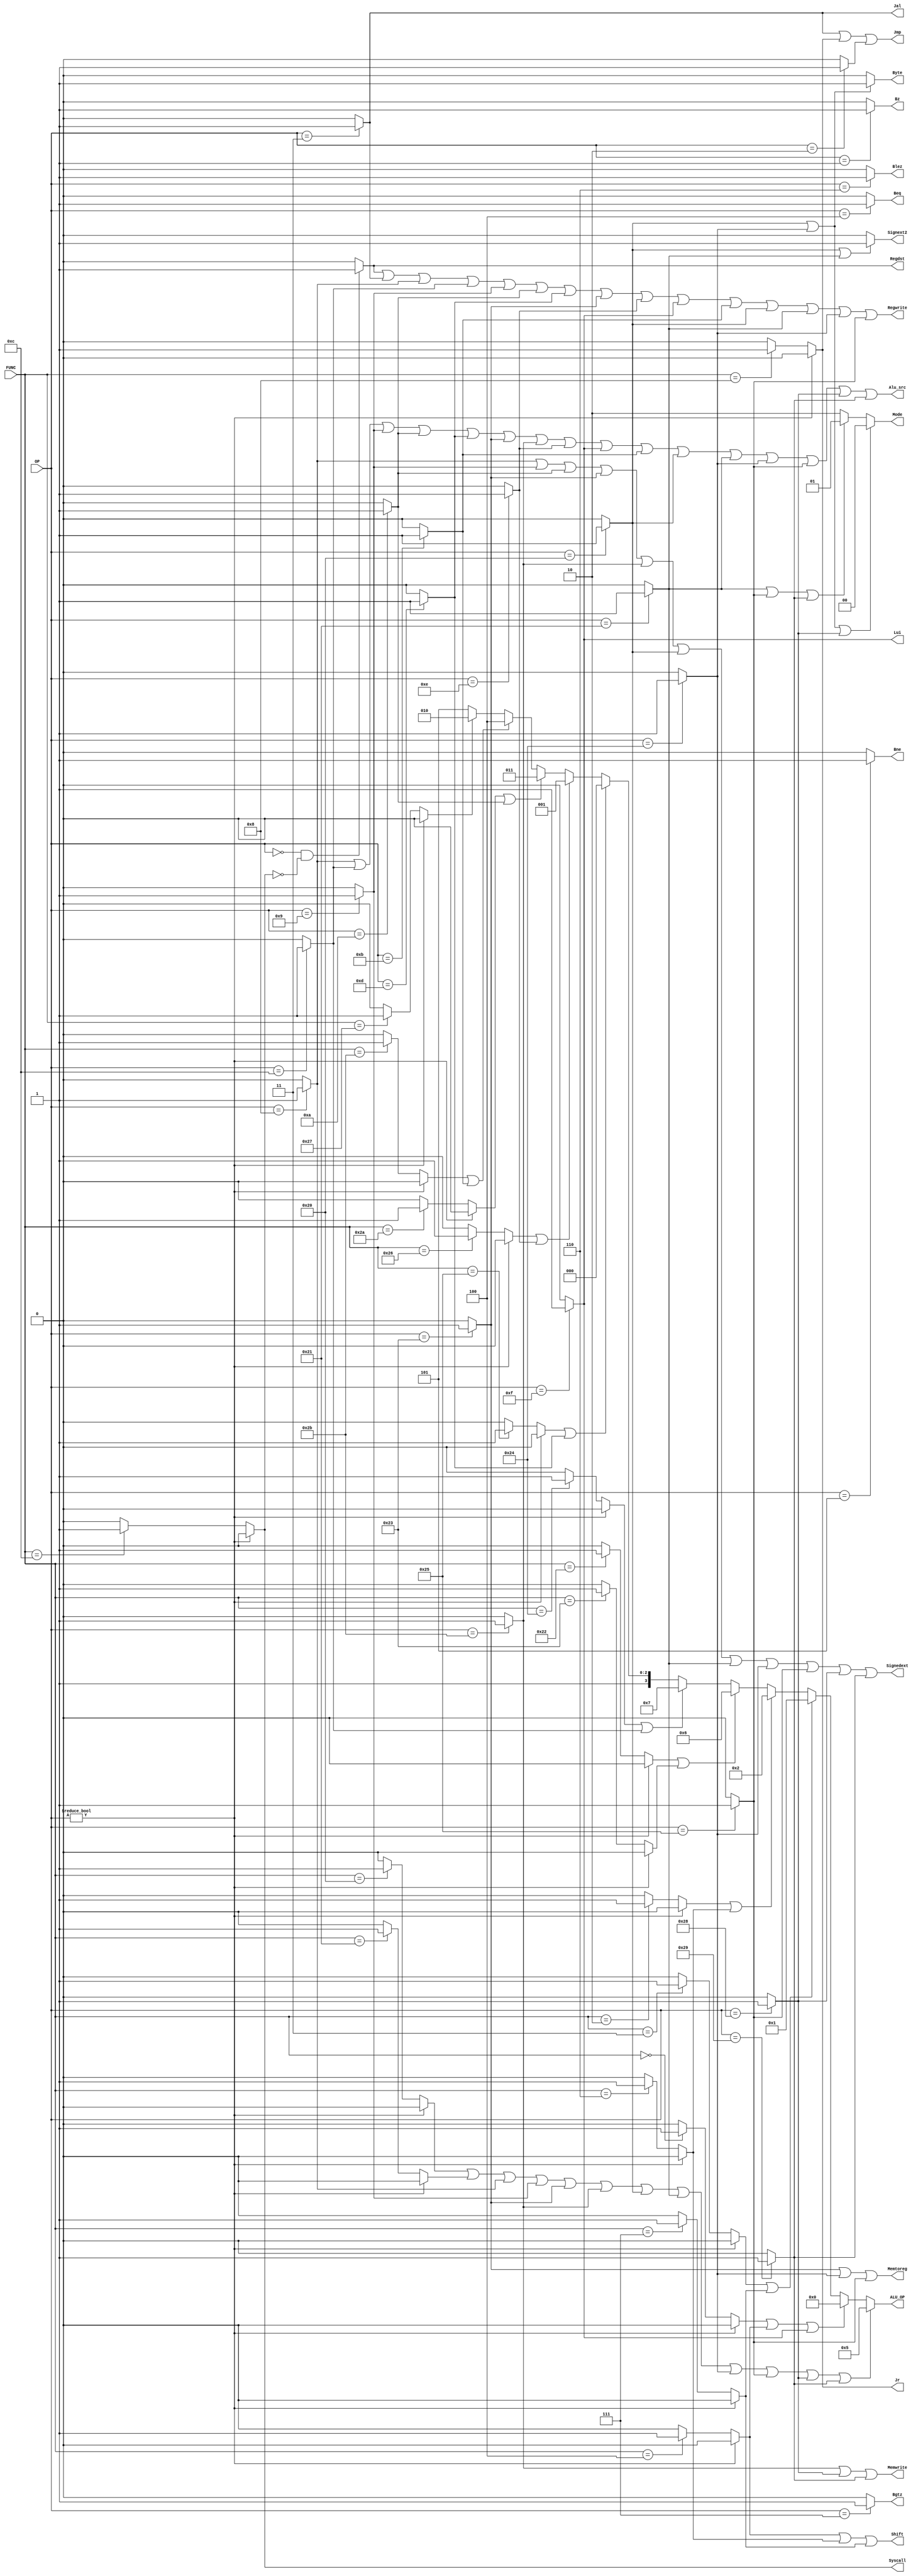
`timescale 1ns / 1ps

module control(
    input [5:0] OP,
    input [5:0]FUNC,
    output reg  [3:0]ALU_OP,
    output reg  Memtoreg, Memwrite, Alu_src, Regwrite, Syscall, Signedext, Regdst, Beq, Bne, Jr, Jmp, Jal, Shift, Lui, Blez, Bgtz, Bz,
    output reg[1:0]Mode,
	output reg Byte, Signext2
    );
    reg SLL, SRA, SRL, ADD, ADDU, SUB, AND, OR, NOR, SLT, SLTU, JR, SYSCALL, J, JAL, BEQ, BNE, ADDI, ANDI, ADDIU, SLTI, ORI, LW, SW, SLLV, SRLV, SRAV, SUBU, XOR, XORI, LUI, SLTIU, LB, LH, LBU, LHU, SB, SH, BLEZ, BGTZ, BLTZ, BGEZ;
    reg R_type;
    initial begin
		SLL = 0; SRA = 0; SRL = 0; ADD = 0; ADDU = 0; SUB = 0; AND = 0; OR = 0; NOR = 0; SLT = 0; SLTU = 0; JR = 0; SYSCALL = 0; J = 0; JAL = 0; BEQ = 0; BNE = 0; ADDI = 0; ANDI = 0; ADDIU = 0; SLTI = 0; ORI = 0; LW = 0; SW = 0; SLLV = 0; SRLV = 0; SRAV = 0; SUBU = 0; XOR = 0; XORI = 0; LUI = 0; SLTIU = 0; LB = 0; LH = 0; LBU = 0; LHU = 0; SB = 0; SH = 0; BLEZ = 0; BGTZ = 0; BLTZ = 0; BGEZ = 0;
		Byte = 0; Signext2 = 0;
	end
	
	always @(OP or FUNC) begin
		J = (OP == 2)?1:0;
		JAL = (OP == 3)?1:0;
		BEQ = (OP == 4)?1:0;
		BNE = (OP == 5)?1:0;
		BLEZ = (OP == 6)?1:0;
		BGTZ = (OP == 7)?1:0;
		ADDI = (OP == 8)?1:0;
		ADDIU = (OP == 9)?1:0;
		SLTI = (OP == 10)?1:0;
		SLTIU = (OP == 11)?1:0;
		ANDI = (OP == 12)?1:0;
		ORI = (OP == 13)?1:0;
		XORI = (OP == 14)?1:0;
		LUI = (OP == 15)?1:0;
		LB = (OP == 32)?1:0;
		LH = (OP == 33)?1:0;
		LW = (OP == 35)?1:0;
		LBU = (OP == 36)?1:0;
		LHU = (OP == 37)?1:0;
		SB = (OP == 40)?1:0;
		SH = (OP == 41)?1:0;
		SW = (OP == 43)?1:0;
		
		if(OP!=0)begin
			SLL = 0;SRA = 0;SRL = 0;ADD = 0;ADDU = 0;SUB = 0;AND = 0;OR = 0;NOR = 0;SLT = 0;SLTU = 0;JR = 0;SYSCALL = 0;SLLV = 0;SRLV = 0;SRAV = 0;SUBU = 0;XOR = 0;		
		end		
		else begin
		SLL = (FUNC == 0)?1:0;
		SRL = (FUNC == 2)?1:0;
		SRA = (FUNC == 3)?1:0;
		SLLV = (FUNC == 4)?1:0;
		SRLV = (FUNC == 6)?1:0;
		SRAV = (FUNC == 7)?1:0;
		JR = (FUNC == 8)?1:0;
		SYSCALL = (FUNC == 12)?1:0;
		ADD = (FUNC == 32)?1:0;
		SUB = (FUNC == 34)?1:0;
		SUBU = (FUNC == 35)?1:0;
		ADDU = (FUNC == 33)?1:0;
		AND = (FUNC == 36)?1:0;
		OR = (FUNC == 37)?1:0;
		XOR = (FUNC == 38)?1:0;
		NOR = (FUNC == 39)?1:0;
		SLT = (FUNC == 42)?1:0;
		SLTU = (FUNC == 43)?1:0;
		end
        if (OP == 0 && SYSCALL == 0)begin
            R_type = 1;
        end
        else R_type = 0;

        ALU_OP = (ADD || ADDU || ADDI || ADDIU || LW || SW || LB || LH || LBU || LHU || SB || SH) ? 5 :
                (SLL || SLLV || LUI) ? 0 :
                (SRA || SRAV) ? 1 :
                (SRL || SRLV) ? 2 :
                (SUB || SUBU) ? 6 :
                (AND || ANDI) ? 7 :
                (OR || ORI) ? 8 :
                (XOR || XORI) ? 9 :
                (SLT || SLTI) ? 11 :
                (SLTU || SLTIU) ? 12 : 
                NOR ? 10 : 13;
        Memtoreg = LW || /*LB || LH ||*/ LBU || LHU;
        Memwrite = SW || SB || SH;
        Alu_src = ADDI || ANDI || ADDIU || SLTI || ORI || LW || SW || XORI || LUI || SLTIU || LB || LH || LBU || LHU || SB || SH;
        Regwrite = R_type || JAL || ADDI || ANDI || ADDIU || SLTI || ORI || LW || XORI || LUI || SLTIU || LB || LH || LBU || LHU;
        Syscall = SYSCALL;
        Signedext = ADDI || ADDIU || SLTI || LW || SW || LB || LH || LBU || LHU || SB || SH;
        Regdst = R_type;
        Beq = BEQ;
        Bne = BNE;
        Jr = JR;
        Jmp = JAL || Jr || J;
        Jal = JAL;
        Shift = SLLV || SRLV || SRAV;
        Lui = LUI;
        Blez = BLEZ;
        Bgtz = BGTZ;
        Bz = (OP == 1)? 1 : 0;
        Mode = (LB || LBU || SB)? 2'b00 :
                (LH || LHU || SH)? 2'b01 : 2'b10;
		Byte = (LB || LBU) ?1 :0;
		Signext2 = (LB || LH) ?1:0;
	end
endmodule